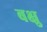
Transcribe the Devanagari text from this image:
बक्षु